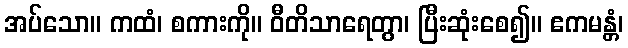
အပ်သော။ ကထံ၊ စကားကို။ ဝီတိသာရေတွာ၊ ပြီးဆုံးစေ၍။ ဧကမန္တံ၊